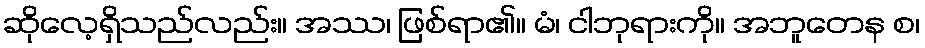
ဆိုလေ့ရှိသည်လည်း။ အဿ၊ ဖြစ်ရာ၏။ မံ၊ ငါဘုရားကို။ အဘူတေန စ၊